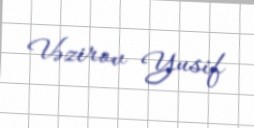
Vəzirov Yusif